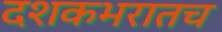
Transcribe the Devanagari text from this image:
दशकभरातच